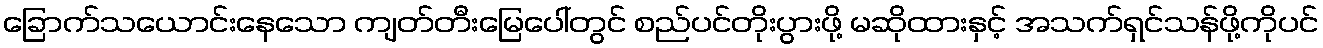
ခြောက်သယောင်းနေသော ကျတ်တီးမြေပေါ်တွင် စည်ပင်တိုးပွားဖို့ မဆိုထားနှင့် အသက်ရှင်သန်ဖို့ကိုပင်